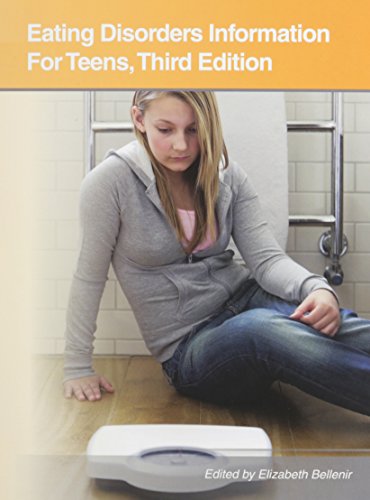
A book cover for Eating Disorders Information for Teens: Health Tips About Anorexia, Bulimia, Binge Eating, and Body Image Disorders: Including Information About Risk ... Diagnosis, Treatmen (Teen Health Series); Teen & Young Adult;